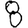
Digit: 8